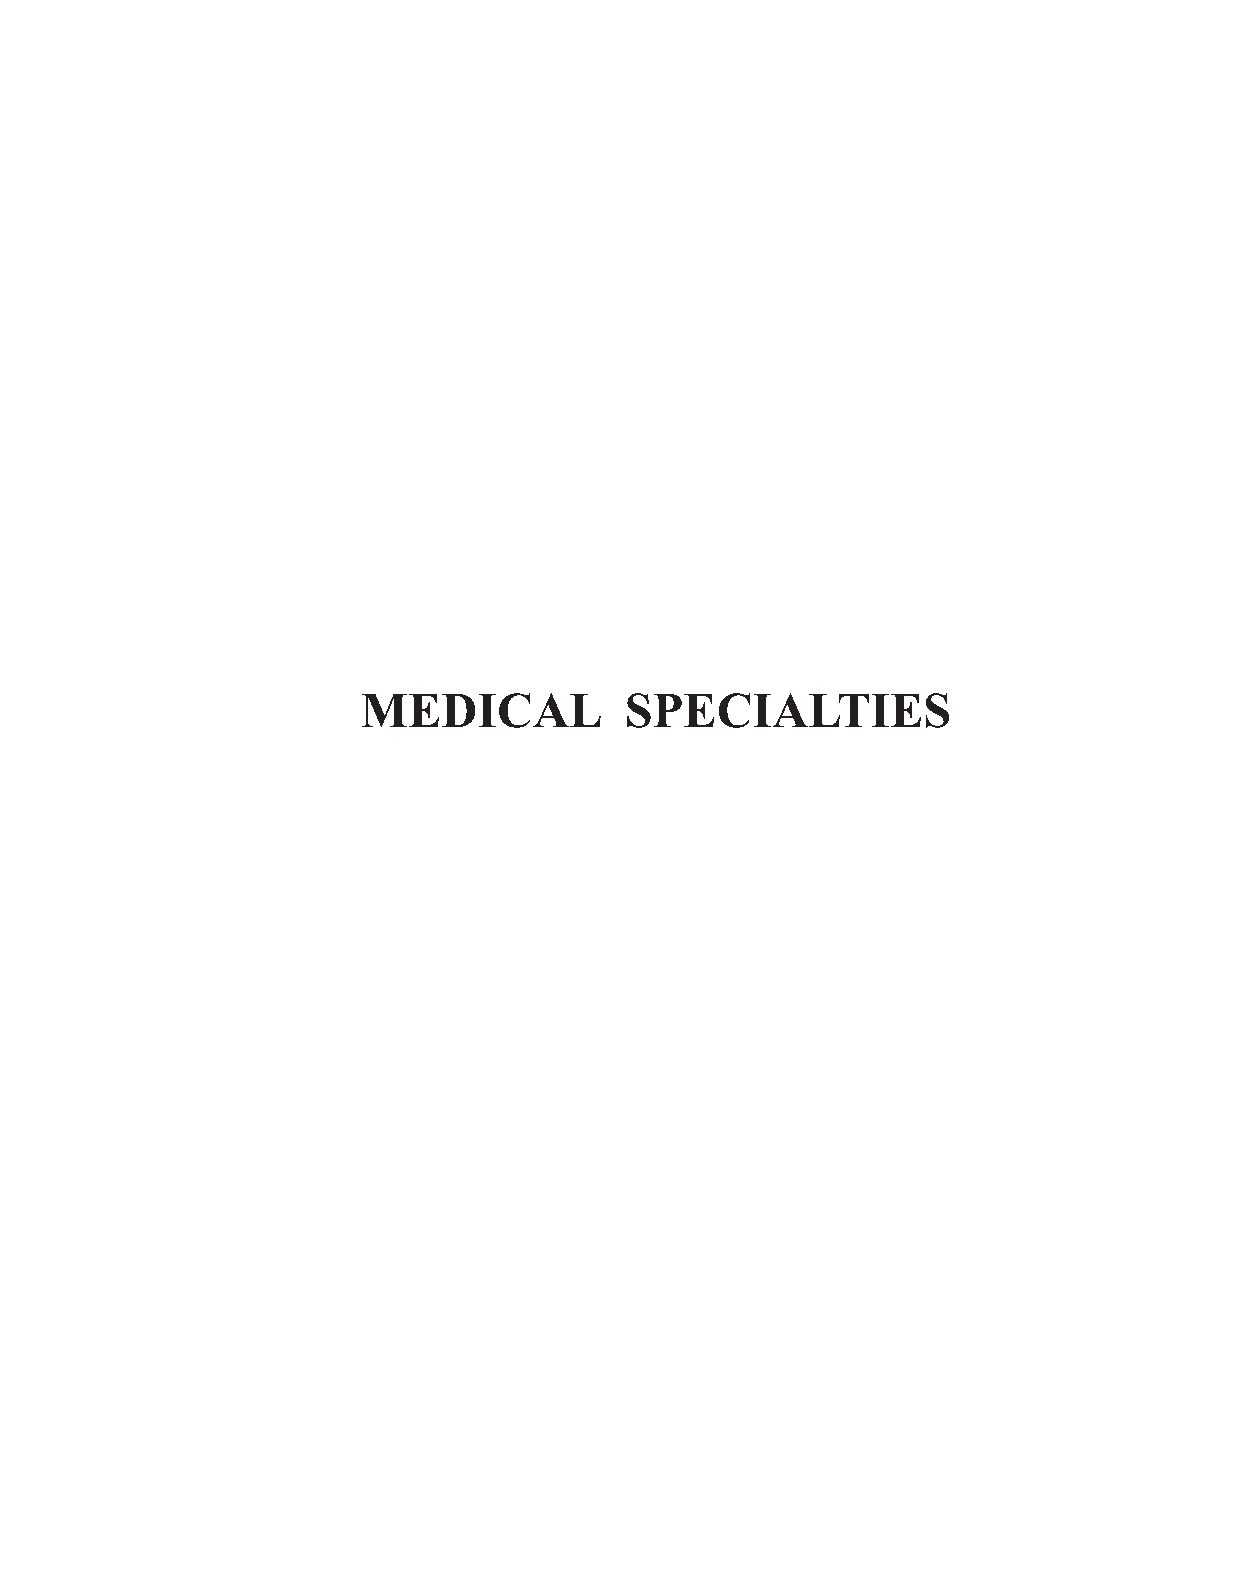
Medicine - Medical Specialties
 MEDICAL          SPECIALTIES
 MEDICINE AND PHARMACY REPORTS 2021 VOL. 94 - Supplement No. 4 S17